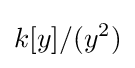
k[y]/(y^{2})